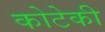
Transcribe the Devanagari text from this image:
कोटेकी